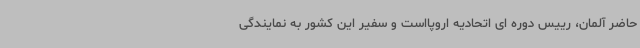
حاضر آلمان، رییس دوره ای اتحادیه اروپااست و سفیر این کشور به نمایندگی